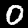
Label: 0